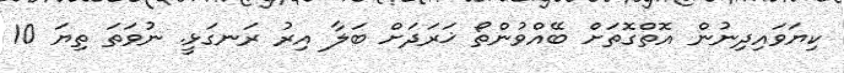
ކިޔަވައިދިނުން އޮތްގޮތަށް ބޭއްވުންތޯ ޚަރަދަށް ބަލާ އިރު ރަނގަޅީ. ނުވަތަ ތިޔަ 10